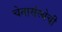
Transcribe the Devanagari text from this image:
चेतासंस्थेची